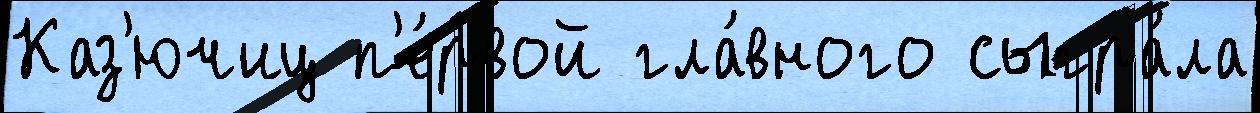
Каз'ючиц п'е́рвой гла́вного сыгра́ла